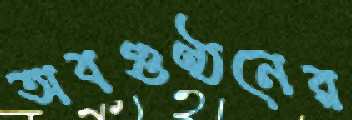
অবগুণ্ঠনের